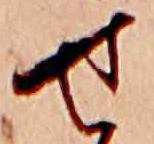
せ